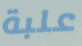
علبة